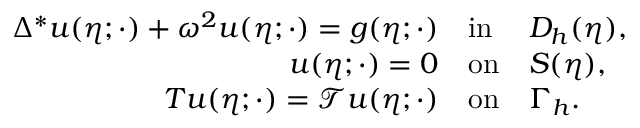
\begin{array} { r } { \begin{array} { r l l } { \Delta ^ { * } u ( \eta ; \cdot ) + \omega ^ { 2 } u ( \eta ; \cdot ) = g ( \eta ; \cdot ) } & { \mathrm { i n } } & { D _ { h } ( \eta ) , } \\ { u ( \eta ; \cdot ) = 0 } & { \mathrm { o n } } & { S ( \eta ) , } \\ { T u ( \eta ; \cdot ) = \mathcal { T } u ( \eta ; \cdot ) } & { \mathrm { o n } } & { \Gamma _ { h } . } \end{array} } \end{array}